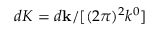
d K = d \mathbf { k } / [ ( 2 \pi ) ^ { 2 } k ^ { 0 } ]